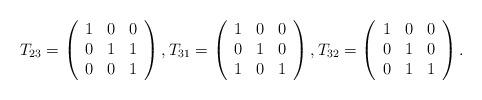
LaTeX: \begin{align*}T_{23} = \left(\begin{array}{rrr}1 & 0 & 0 \\0 & 1 & 1 \\0 & 0 & 1\end{array}\right),T_{31} = \left(\begin{array}{rrr}1 & 0 & 0 \\0 & 1 & 0 \\1 & 0 & 1\end{array}\right),T_{32} = \left(\begin{array}{rrr}1 & 0 & 0 \\0 & 1 & 0 \\0 & 1 & 1\end{array}\right).\end{align*}